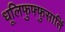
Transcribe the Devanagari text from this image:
धूलिफुफ्फुसार्ति